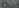
Oud